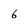
Character: 6